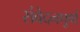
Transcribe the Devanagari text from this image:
संवेदनपूर्ण